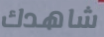
شاهدك